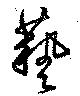
藝